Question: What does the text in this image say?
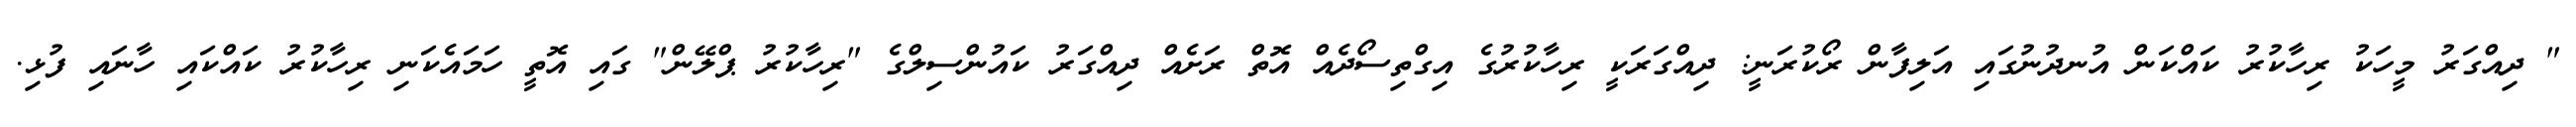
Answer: " ދިއްގަރު މީހަކު ރިހާކުރު ކައްކަން އުނދުނުގައި އަލިފާން ރޯކުރަނީ: ދިއްގަރަކީ ރިހާކުރުގެ އިގްތިސޯދެއް އޮތް ރަށެއް ދިއްގަރު ކައުންސިލްގެ "ރިހާކުރު ޕްލޭން" ގައި އޮތީ ހަމައެކަނި ރިހާކުރު ކައްކައި ހާނައި ފުޅި.